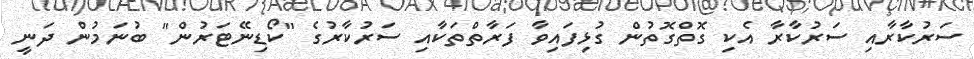
ސަރުކާރާއި ސަރުކާރާ އެކި ގޮތްގޮތުން ގުޅިފައިވާ ފަރާތްތަކާއި ސަރުކާރުގެ "ކޯޑިނޭޓަރުން" ބުނަމުން ދަނީ